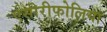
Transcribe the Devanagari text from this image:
एसीरीफोलिया